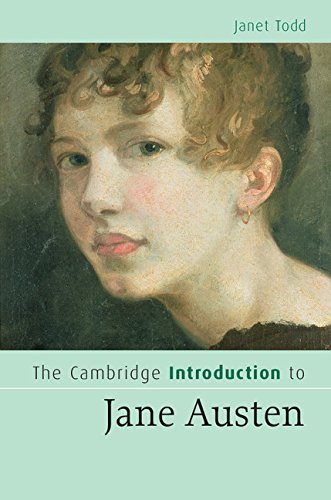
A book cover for The Cambridge Introduction to Jane Austen (Cambridge Introductions to Literature); Janet Todd; Literature & Fiction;